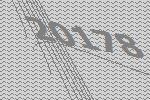
20178